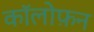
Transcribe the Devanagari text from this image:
कॉलोफ़न